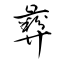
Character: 彜